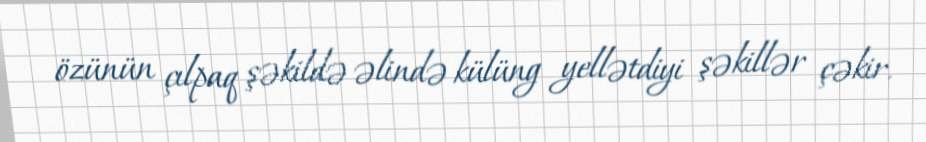
özünün çılpaq şəkildə əlində külüng yellətdiyi şəkillər çəkir.